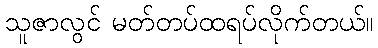
သူဇာလွင် မတ်တပ်ထရပ်လိုက်တယ်။